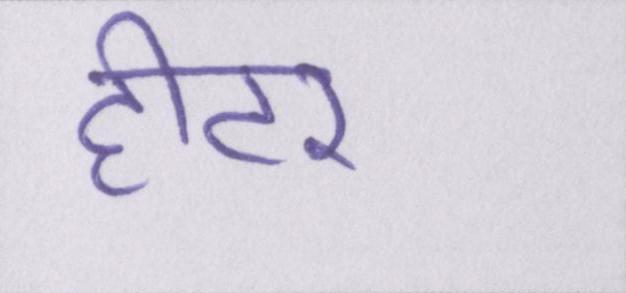
हीटर